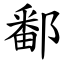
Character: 鄱